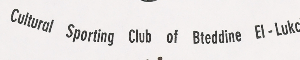
Cultural Sporting Club of Bteddine El-Lukch